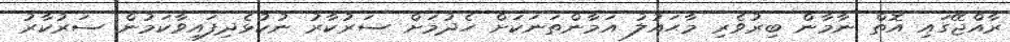
ރާއްޖޭގައި އޮތް ނާމާން ބިރުވެރި މާޙައުލު އަމާންތަނަކަށް ހެދުމަށް ސަރުކާރު ނުކުޅެދިފައިވާކަމުން ސަރުކާރު